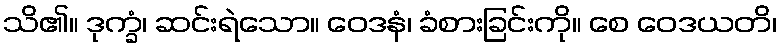
သိ၏။ ဒုက္ခံ၊ ဆင်းရဲသော။ ဝေဒနံ၊ ခံစားခြင်းကို။ စေ ဝေဒယတိ၊